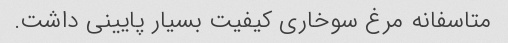
متاسفانه مرغ سوخاری کیفیت بسیار پایینی داشت.